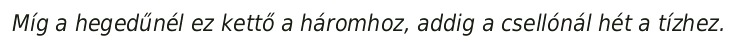
Míg a hegedűnél ez kettő a háromhoz, addig a csellónál hét a tízhez.